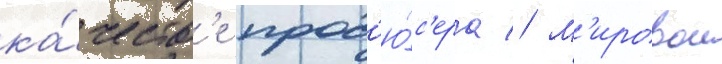
ка́честв'е прод'ю́с'ера // М'ировои